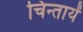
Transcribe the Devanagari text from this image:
चिन्तायें